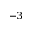
^ { - 3 }